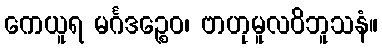
ကေယူရ မင်္ဂဒဉ္စေဝ၊ ဗာဟုမူလဝိဘူသနံ။